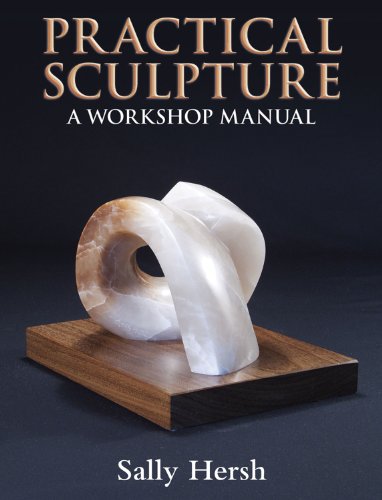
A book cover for Practical Sculpture: A Workshop Manual; Sally Hersh; Arts & Photography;